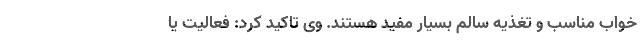
خواب مناسب و تغذیه سالم بسیار مفید هستند. وی تاکید کرد: فعالیت یا